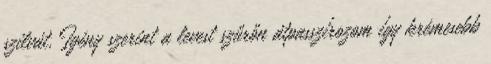
szilvát. Igény szerint a levest szűrőn átpasszírozom így krémesebb